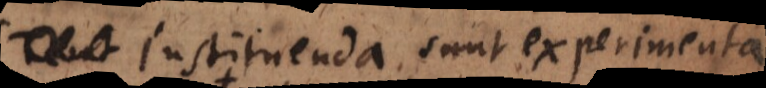
Instituenda sunt experimenta